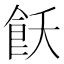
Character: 飫